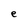
Character: e